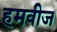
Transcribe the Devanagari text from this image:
हमवीज